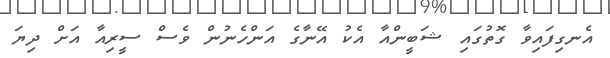
އެނގިފައިވާ ގޮތުގައި ޝަބީންއާ އެކު އޭނާގެ އަންހެނުން ވެސް ސީރިއާ އަށް ދިޔަ